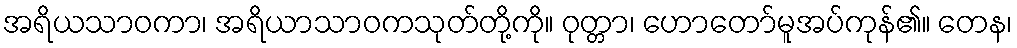
အရိယသာဝကာ၊ အရိယာသာဝကသုတ်တို့ကို။ ဝုတ္တာ၊ ဟောတော်မူအပ်ကုန်၏။ တေန၊